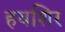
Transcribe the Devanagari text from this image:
हयशिर